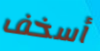
أسخف